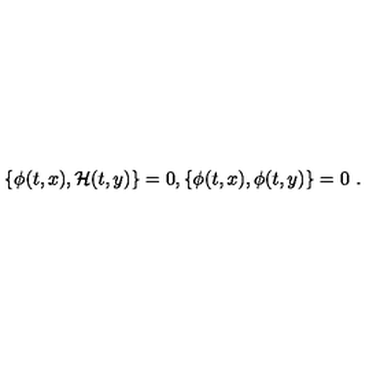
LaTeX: \{ \phi ( t , x ) , { \cal H } ( t , y ) \} = 0 , \{ \phi ( t , x ) , \phi ( t , y ) \} = 0 \ .